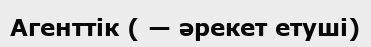
Агенттік ( — әрекет етуші)